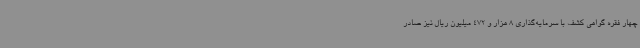
چهار فقره گواهی کشف با سرمایه‌گذاری 8 هزار و 472 میلیون ریال نیز صادر